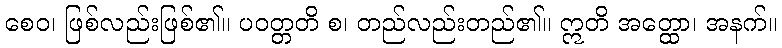
စေဝ၊ ဖြစ်လည်းဖြစ်၏။ ပဝတ္တတိ စ၊ တည်လည်းတည်၏။ ဣတိ အတ္ထော၊ အနက်။